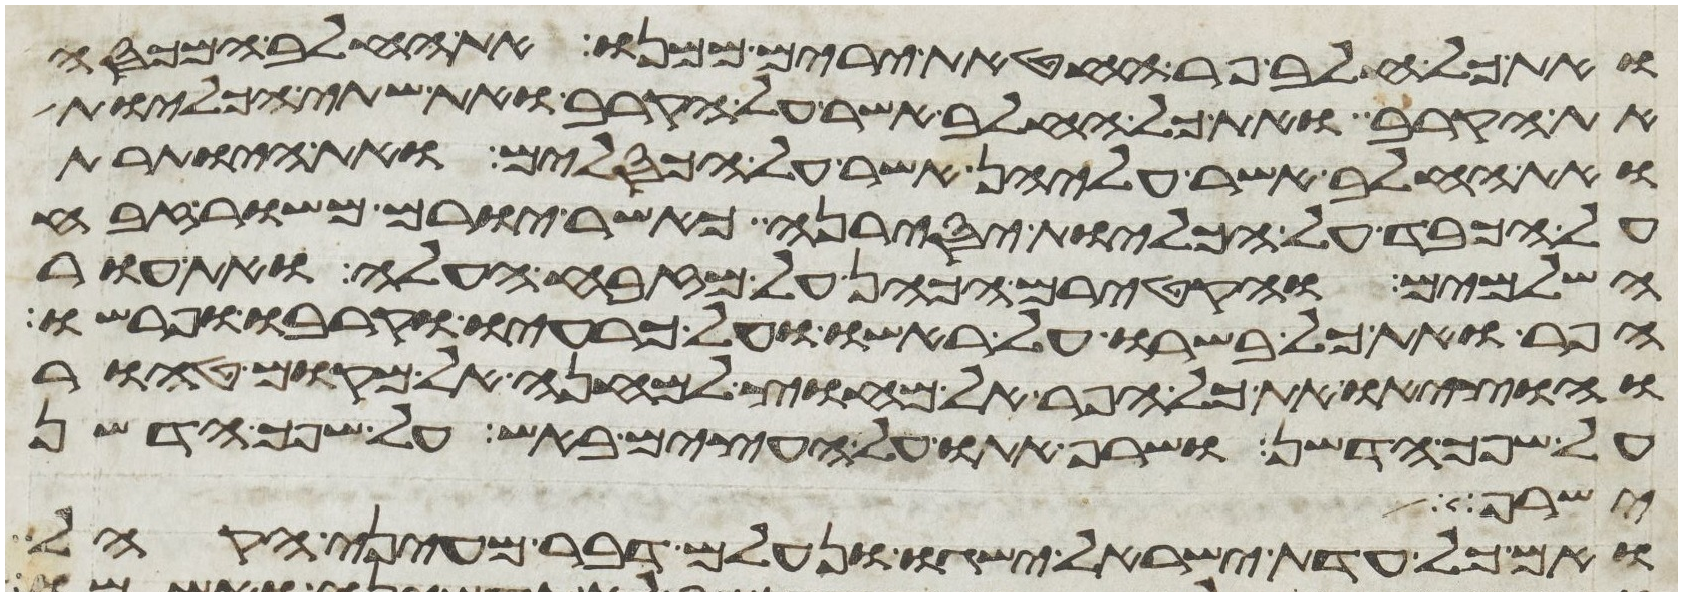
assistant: ואת כל חלב פר החטאת ירים ממנו את החלב המכסה
את הקרב ואת כל החלב אשר על הקרב ואת שתי הכליות
ואת החלב אשר עליהן אשר על הכסלים ואת היותרת
על הכבד על הכליות יסירנה כאשר יורם משור זבח
השלמים והקטירם הכהן על מזבח העלה ואת עור
הפר ואת כל בשרו על ראשו ועל כרעיו וקרבו ופרשו
והוציאו את כל הפר אל מחוץ למחנה אל מקום טהור
על שפך הדשן ושרפו אתו על העצים באש על שפך הדשן
ישרף
ואם כל עדת ישראל ישגו ונעלם דבר מעיני הקהל